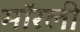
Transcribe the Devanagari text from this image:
मॉरली